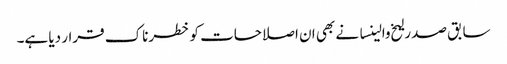
سابق صدر لیخ والینسا نے بھی ان اصلاحات کو خطرناک قرار دیا ہے۔